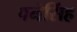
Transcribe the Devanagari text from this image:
पनेसिंह